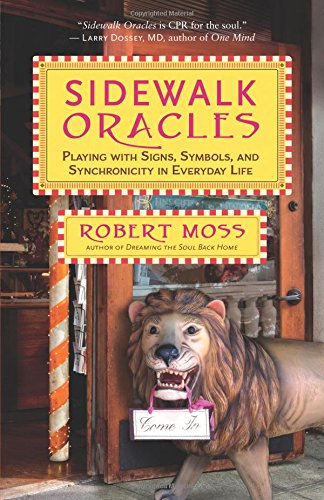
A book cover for Sidewalk Oracles: Playing with Signs, Symbols, and Synchronicity in Everyday Life; Robert Moss; Self-Help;